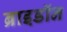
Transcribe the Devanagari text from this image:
ब्राइडॉन